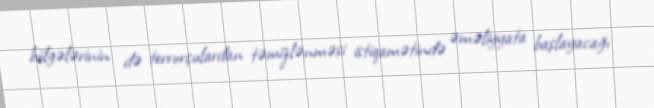
bölgələrinin də terrorçulardan təmizlənməsi istiqamətində əməliyyata başlayacağı